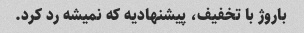
باروژ با تخفیف، پیشنهادیه که نمیشه رد کرد.